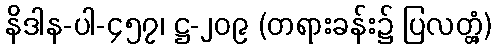
နိဒါန-ပါ-၄၅၇၊ ဋ္ဌ-၂၀၉ (တရားခန်း၌ ပြလတ္တံ့)